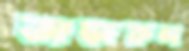
তাজরুল